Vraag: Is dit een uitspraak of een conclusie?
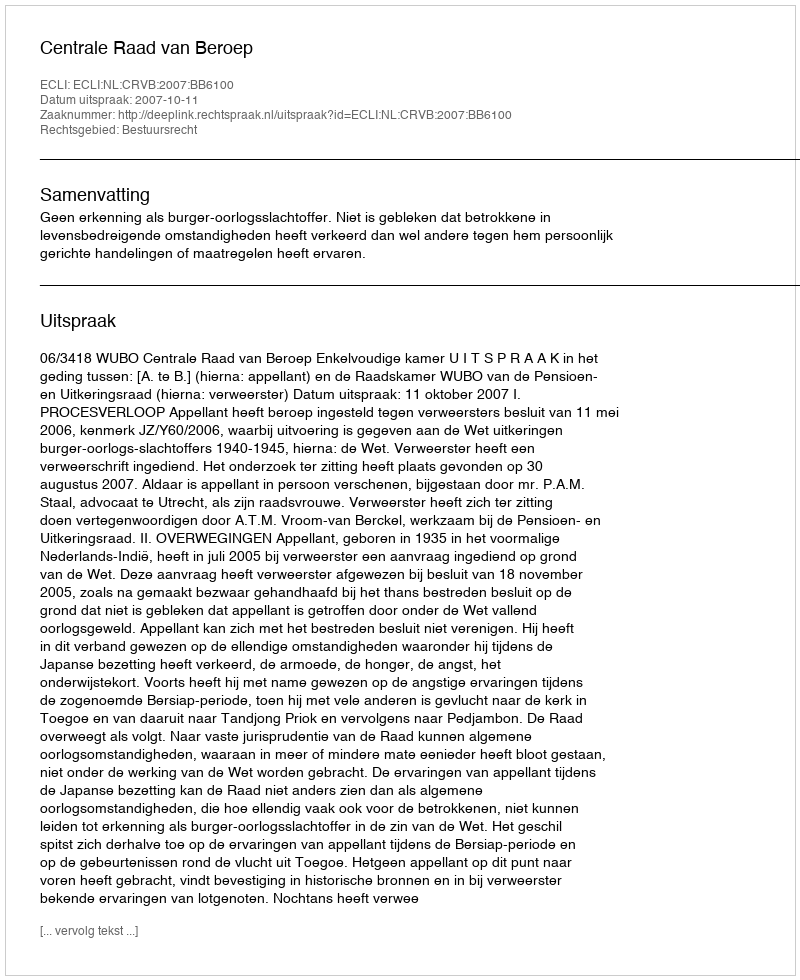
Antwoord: Uitspraak